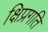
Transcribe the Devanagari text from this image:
क्षिप्रगति